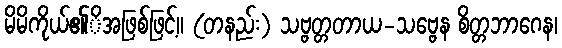
မိမိကိုယ်၏ိအဖြစ်ဖြင့်။ (တနည်း) သဗ္ဗတ္တတာယ-သဗ္ဗေန စိတ္တဘာဂေန၊